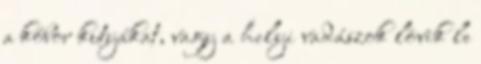
a kóbor kutyákat, vagy a helyi vadászok lövik le